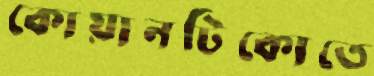
কোয়ানটিকোতে